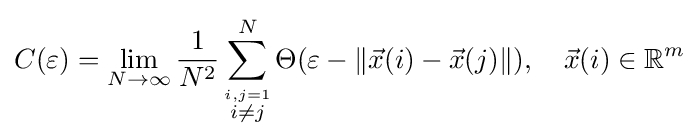
C(\varepsilon )=\lim _{N\rightarrow \infty }{\frac {1}{N^{2}}}\sum _{\stackrel {i,j=1}{i\neq j}}^{N}\Theta (\varepsilon -\|{\vec {x}}(i)-{\vec {x}}(j)\|),\quad {\vec {x}}(i)\in \mathbb {R} ^{m}